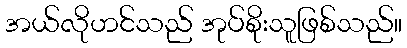
အယ်လိုဟင်သည် အုပ်စိုးသူဖြစ်သည်။